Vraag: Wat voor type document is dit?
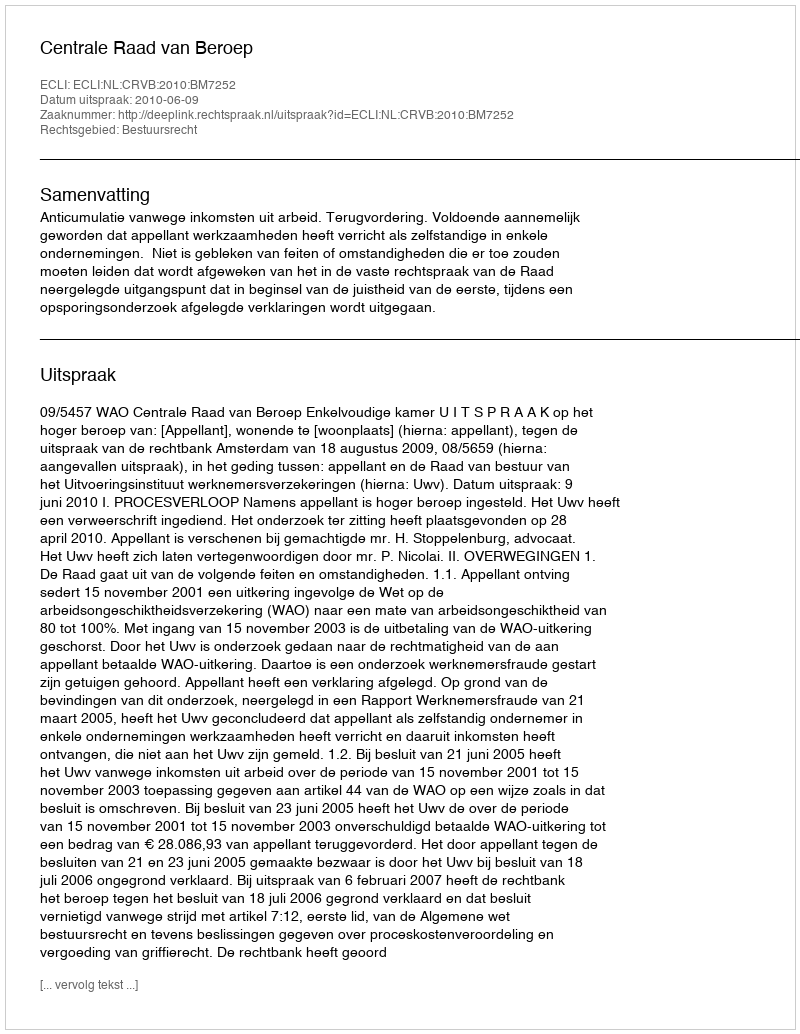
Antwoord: Uitspraak